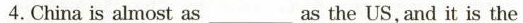
4.Chinais almost as _____ as the US, and it is the